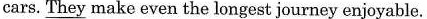
cars.They make even the longest journey enjoyable.